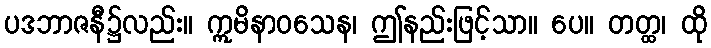
ပဒဘာဇနီ၌လည်း။ ဣမိနာဝသေန၊ ဤနည်းဖြင့်သာ။ ပေ။ တတ္ထ၊ ထို